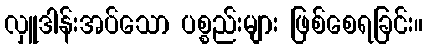
လှူဒါန်းအပ်သော ပစ္စည်းများ ဖြစ်စေရခြင်း။